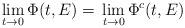
LaTeX: \begin{align*}\lim_{t\to 0}\Phi(t,E)=\,\lim_{t\to 0} \Phi^c(t,E)\end{align*}